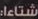
شتاءا: